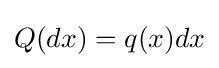
Q(dx)=q(x)dx